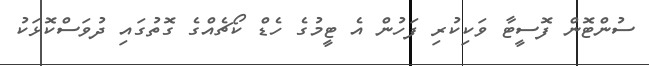
ސުންޓޮން ފޮސީޓާ ވަކިކުރި ފަހުން އެ ޓީމުގެ ހެޑް ކޯޗެއްގެ ގޮތުގައި ދުވަސްކޮޅަކު